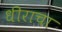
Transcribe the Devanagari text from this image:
धीराचा